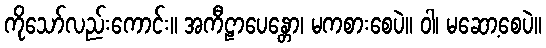
ကိုသော်လည်းကောင်း။ အကီဠာပေန္တော၊ မကစားစေပဲ။ ဝါ၊ မဆော့စေပဲ။